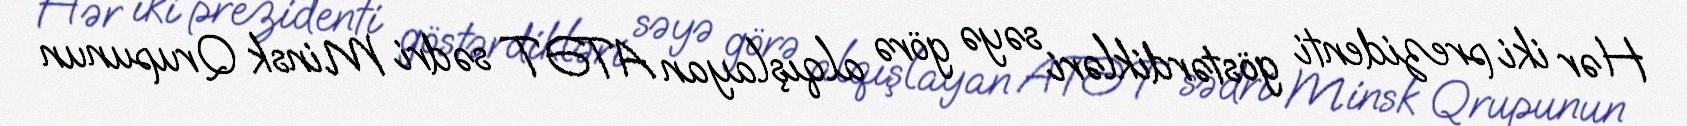
Hər iki prezidenti göstərdikləri səyə görə alqışlayan ATƏT sədri Minsk Qrupunun